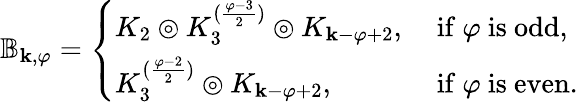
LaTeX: \begin{array}{r}{\mathbb{B}_{\textbf{k},\varphi}=\left\{ \begin{array}{ll}{K_{2}\circledcirc K_{3}^{(\frac{\varphi-3}{2})}\circledcirc K_{\textbf{k}-\varphi+2},}&{\mathrm{~if~}\varphi\mathrm{~is~odd,}}\\ {K_{3}^{(\frac{\varphi-2}{2})}\circledcirc K_{\textbf{k}-\varphi+2},}&{\mathrm{~if~}\varphi\mathrm{~is~even.}}\end{array}\right.}\end{array}